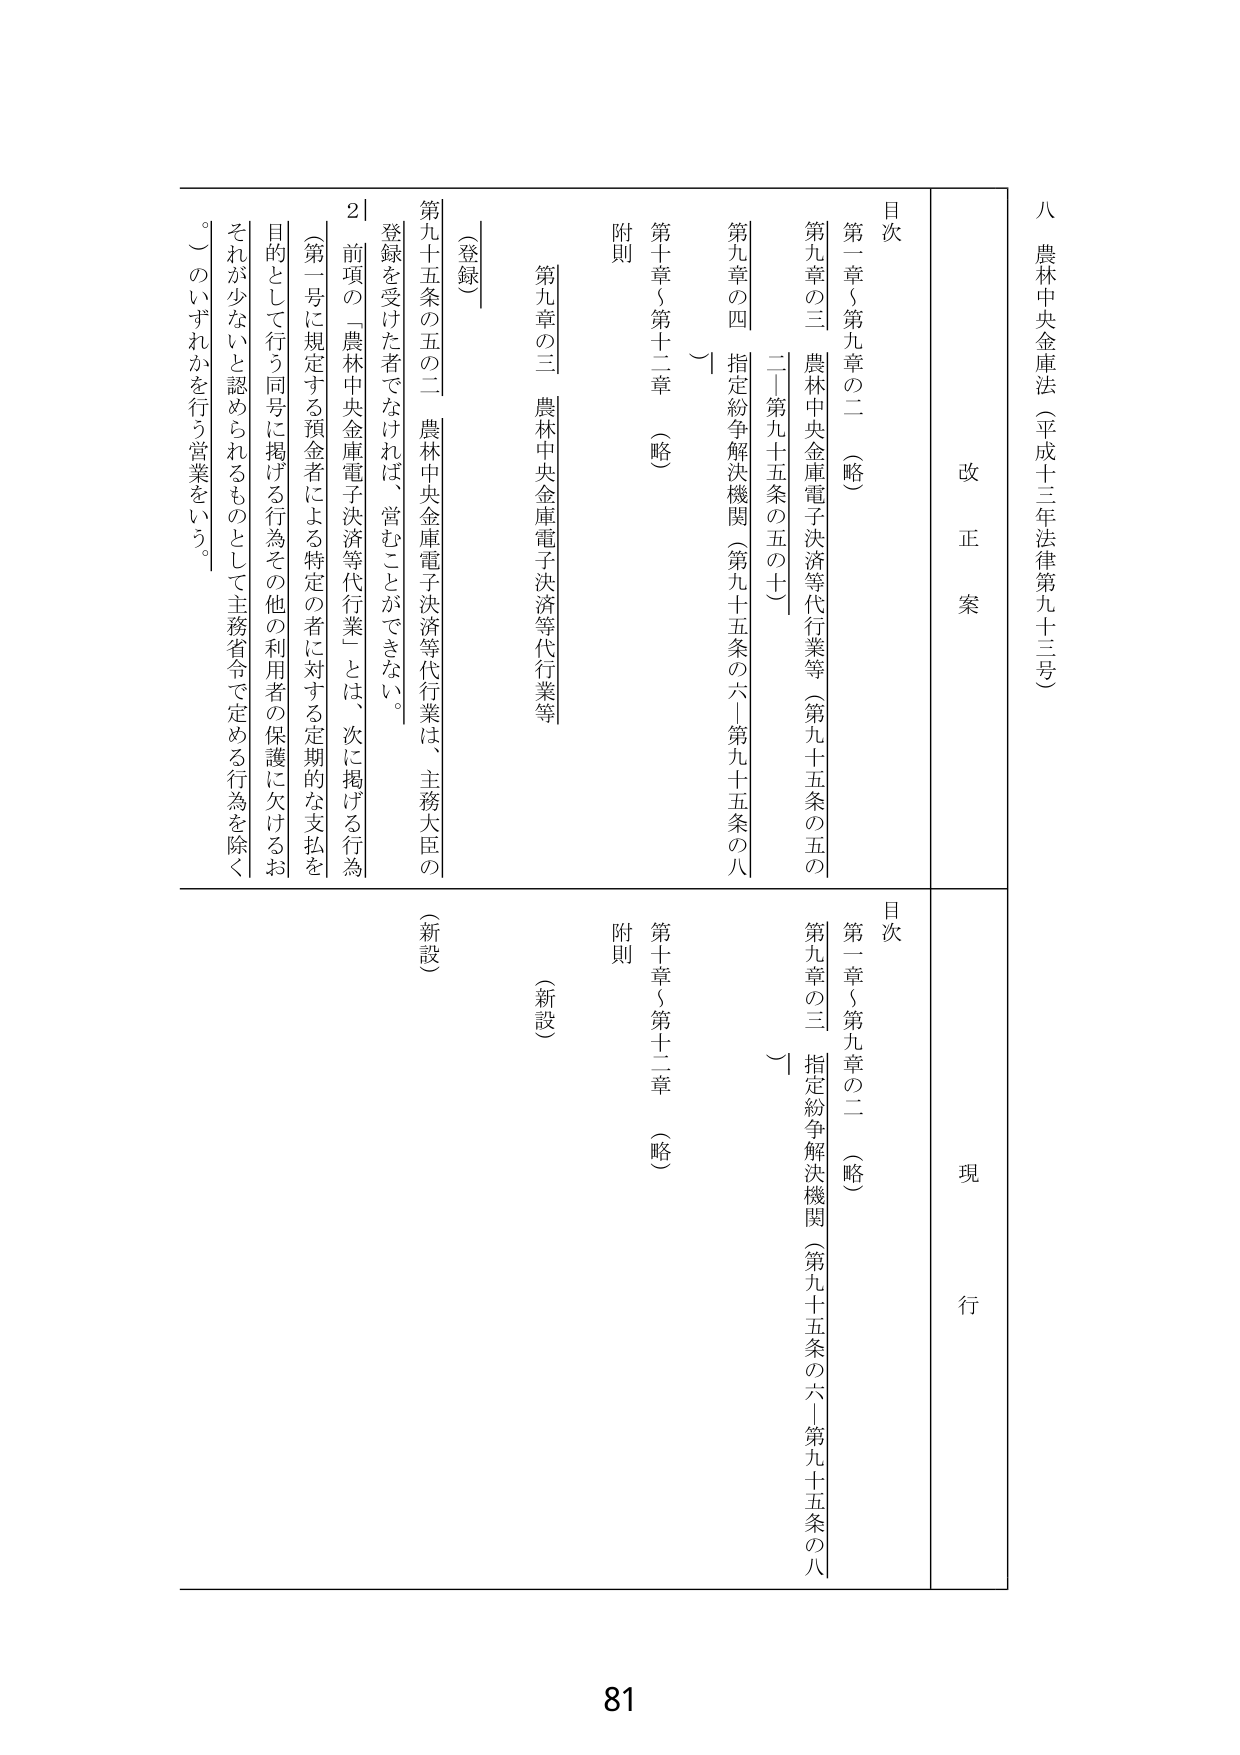
八 農林中央金庫法（平成十三年法律第九十三号）

改正案

目次
第一章～第九章の二 （略）
第九章の三 農林中央金庫電子決済等代行業等（第九十五条の五の二～第九十五条の五の十）
第九章の四 指定紛争解決機関（第九十五条の六～第九十五条の八）
第十章～第十二章 （略）
附則

（登録）
第九十五条の五の二 農林中央金庫電子決済等代行業は、主務大臣の登録を受けた者でなければ、営むことができない。
２ 前項の「農林中央金庫電子決済等代行業」とは、次に掲げる行為（第一号に規定する預金者による特定の者に対する定期的な支払を目的として行う同号に掲げる行為その他の利用者の保護に欠けるおそれが少ないと認められるものとして主務省令で定める行為を除く。）のいずれかを行う営業をいう。

現行

目次
第一章～第九章の二 （略）
第九章の三 指定紛争解決機関（第九十五条の六～第九十五条の八）
第十章～第十二章 （略）
附則

（新設）
（新設）

81